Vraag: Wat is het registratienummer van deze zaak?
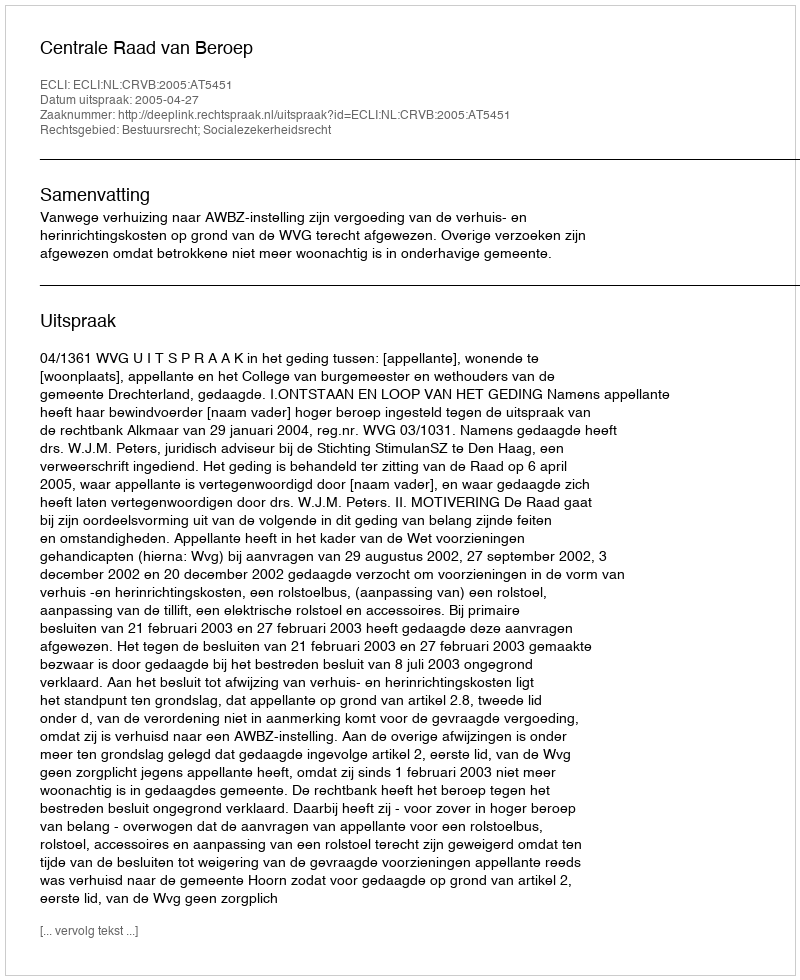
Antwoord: http://deeplink.rechtspraak.nl/uitspraak?id=ECLI:NL:CRVB:2005:AT5451